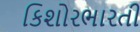
કિશોરભારતી